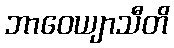
ဘာဝေယျာသီတိ